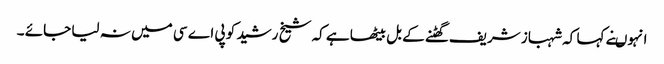
انہوںنے کہا کہ شہباز شریف گھٹنے کے بل بیٹھا ہے کہ شیخ رشید کو پی اے سی میں نہ لیا جائے ۔